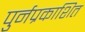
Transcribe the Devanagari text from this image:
पुर्नप्रकाशित